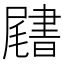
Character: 𡳩